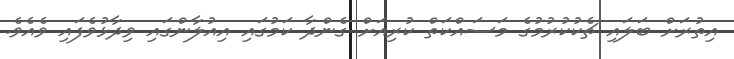
އިތުރަށް ބަލައި ޗެކުކުރުމުގެ މަސައްކަތް ކުރިއަށް ގެންދާ ކަމުގައި އިއުލާންގައި ވިދާޅުވެފައި ވެއެވެ.